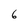
Character: 6